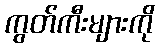
ကွတ်ကီးများကို